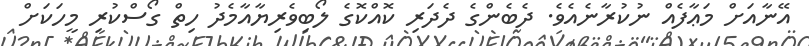
އޭނާއަށް މަޢާފެއް ނުކުރާނެއެވެ. ދެބެންގެ ދެދަރި ކޮއްކޮގެ ލޯބިވެރިޔާއާމެދު ހިތް ގޯސްކުރި މީހަކަށް